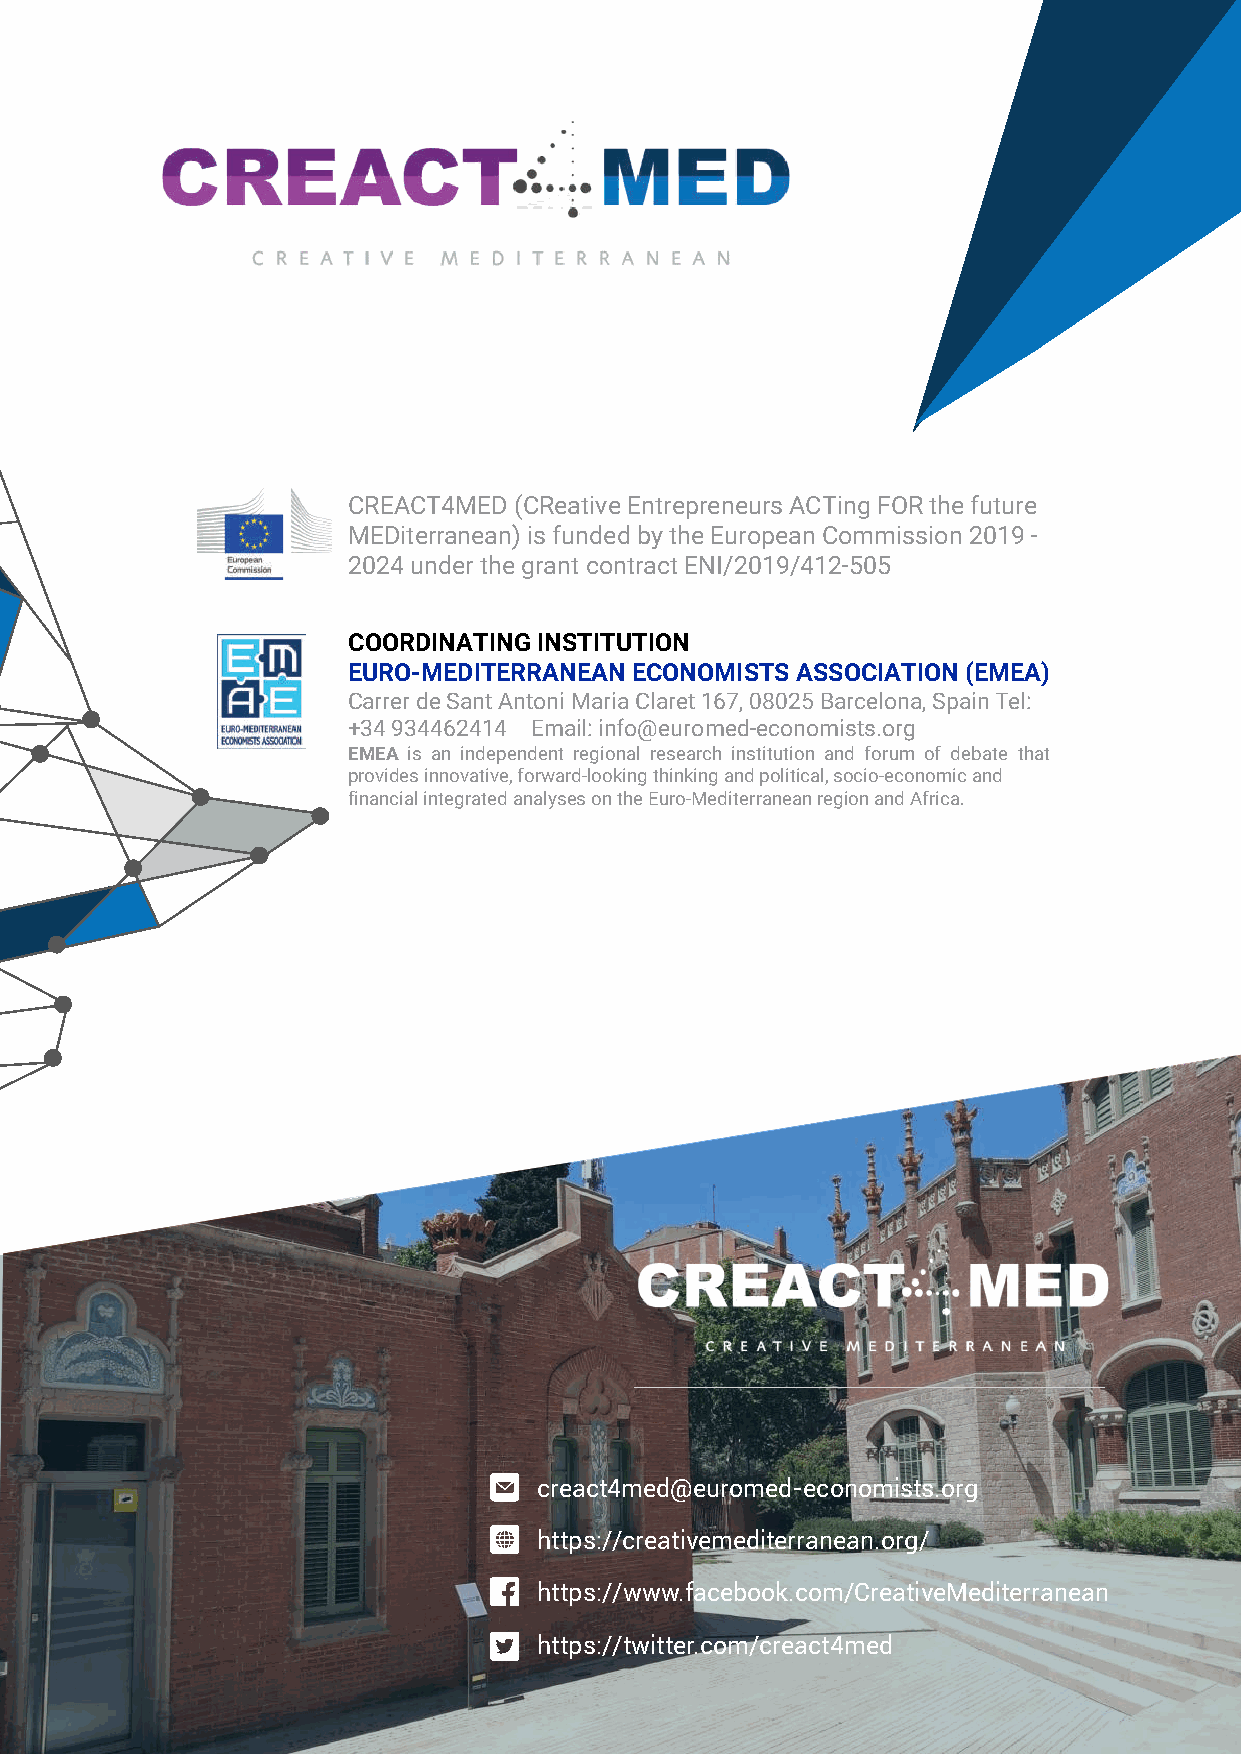
CREACT4MED (CReative Entrepreneurs ACTing FOR the future
 MEDiterranean) is funded by the European Commission 2019 -
 2024 under the grant contract ENI/2019/412-505
 COORDINATING INSTITUTION
 EURO-MEDITERRANEAN ECONOMISTS ASSOCIATION (EMEA)
 Carrer de Sant Antoni Maria Claret 167, 08025 Barcelona, Spain Tel:
 +34 934462414 Email: info@euromed-economists.org
 EMEA is an independent regional research institution and forum of debate that
 provides innovative, forward-looking thinking and political, socio-economic and
 financial integrated analyses on the Euro-Mediterranean region and Africa.
 creact4med@euromed-economists.org
 https://creativemediterranean.org/
 https://www.facebook.com/CreativeMediterranean
 https://twitter.com/creact4med